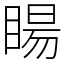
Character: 䁑